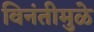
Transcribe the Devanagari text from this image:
विनंतीमुळे